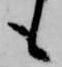
も